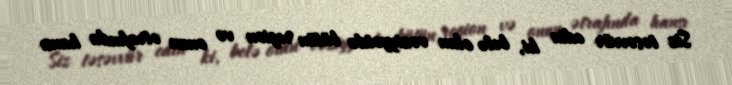
Siz təsəvvür edin ki, belə olan vəziyyətdə bütün region və onun ətrafında hansı